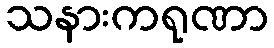
သနားကရုဏာ